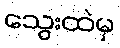
သွေးထဲမှ